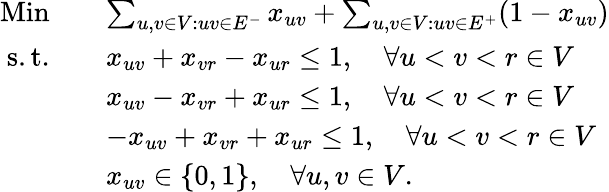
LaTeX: \begin{array}{rl}{\mathrm{Min}\quad}&{\sum_{u,v\in V:uv\in E^{-}}x_{uv}+\sum_{u,v\in V:uv\in E^{+}}(1-x_{uv})}\\ {\mathrm{s.t.}\quad}&{x_{uv}+x_{vr}-x_{ur}\leq 1,\quad\forall u<v<r\in V}\\ &{x_{uv}-x_{vr}+x_{ur}\leq 1,\quad\forall u<v<r\in V}\\ &{-x_{uv}+x_{vr}+x_{ur}\leq 1,\quad\forall u<v<r\in V}\\ &{x_{uv}\in\{ 0,1\} ,\quad\forall u,v\in V.}\end{array}